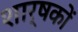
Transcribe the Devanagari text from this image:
शार्षकों